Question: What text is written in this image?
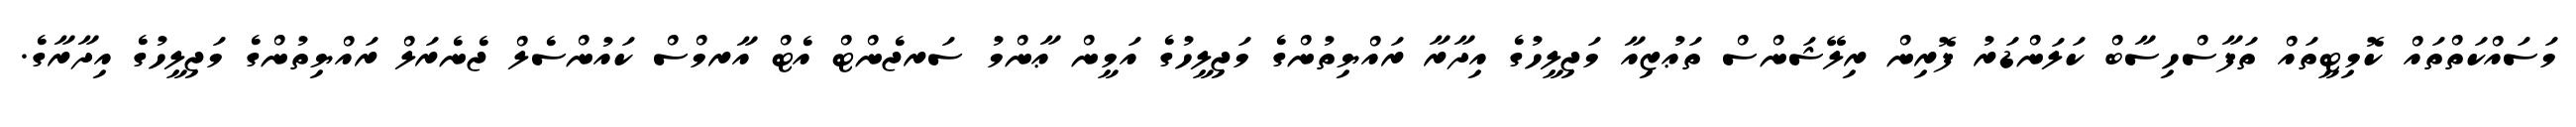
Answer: މަސައްކަތްތައް ކޮމިޓީތައް ތަފާސްހިސާބް ކަލަންޑަރު ފޮރިން ރިލޭޝަންސް ތަޢުޒިއާ މަޖިލީހުގެ އިދާރާ ރައްޔިތުންގެ މަޖިލީހުގެ އަމީން ޢާންމު ސަރޖެންޓް އެޓް އާރމްސް ކައުންސެލް ޖެނެރަލް ރައްޔިތުންގެ މަޖިލީހުގެ އިދާރާގެ.